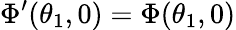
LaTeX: \Phi^{\prime}(\theta_{1},0)=\Phi(\theta_{1},0)